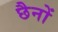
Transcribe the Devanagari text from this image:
छैनों